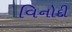
વિનોદી